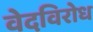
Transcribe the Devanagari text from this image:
वेदविरोध